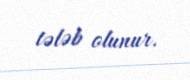
tələb olunur.